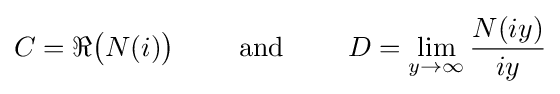
C=\Re {\big (}N(i){\big )}\qquad {\text{ and }}\qquad D=\lim _{y\rightarrow \infty }{\frac {N(iy)}{iy}}